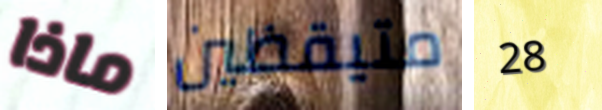
ماذا متيقظين 28